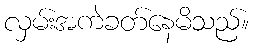
လှမ်းအကဲခတ်နေမိသည်။